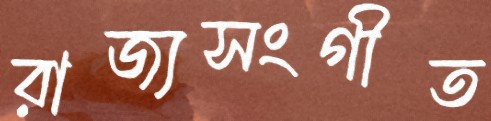
রাজ্যসংগীত